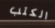
الكتب